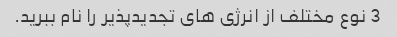
3 نوع مختلف از انرژی های تجدیدپذیر را نام ببرید.